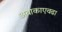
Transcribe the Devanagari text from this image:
अवाकाएवढा